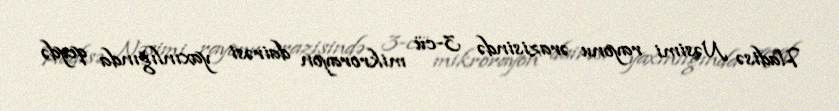
Hadisə Nəsimi rayonu ərazisində 3-cü mikrorayon dairəsi yaxınlığında qeydə